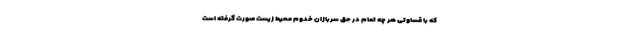
که با قساوتی هر چه تمام در حق سربازان خدوم محیط زیست صورت گرفته است